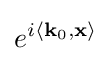
e^{i\left\langle \mathbf {k} _{0},\mathbf {x} \right\rangle }